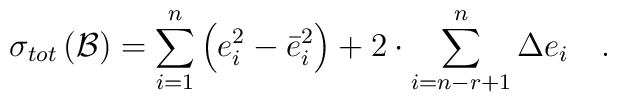
\sigma _{tot}\left( {\cal B}\right)=\sum\limits_{i=1}^n\left( e_i^2-\bar e_i^2\right) +2\cdot\sum\limits_{i=n-r+1}^n\Delta e_i\quad .